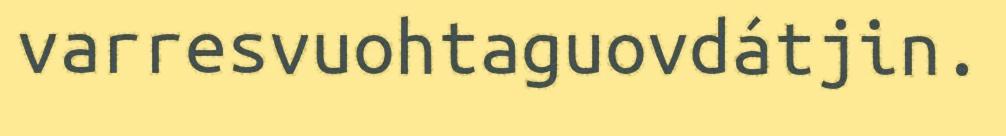
varresvuohtaguovdátjin.